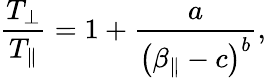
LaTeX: \frac{T_{\perp}}{T_{\parallel}}=1+\frac{a}{\left(\beta_{\parallel}-c\right)^{b}},